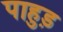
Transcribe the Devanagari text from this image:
पाहुड़